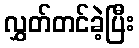
လွှတ်တင်ခဲ့ပြီး